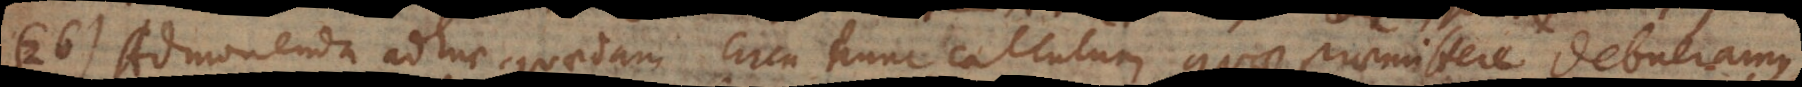
26) Admonenda adhuc quaedam circa hunc calculum, quae praemittere debueramus.